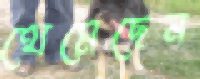
থেমেছেন